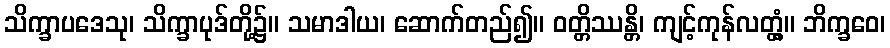
သိက္ခာပဒေသု၊ သိက္ခာပုဒ်တို့၌။ သမာဒါယ၊ ဆောက်တည်၍။ ဝတ္တိဿန္တိ၊ ကျင့်ကုန်လတ္တံ့။ ဘိက္ခဝေ၊